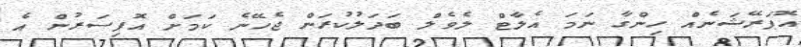
އޮޕަރޭޝަނެއް ހިންގާ ނަމަ އެލާޓް ލެވެލް ބަދަލުކުރަން ޖެހޭނެ ކަމަށް އޮފިސަރުން އެ